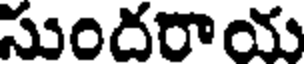
సుందరాయ